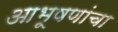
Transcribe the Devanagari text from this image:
आभूषणांचा